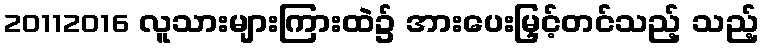
20112016 လူသားများကြားထဲ၌ အားပေးမြှင့်တင်သည့် သည့်